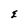
Character: E